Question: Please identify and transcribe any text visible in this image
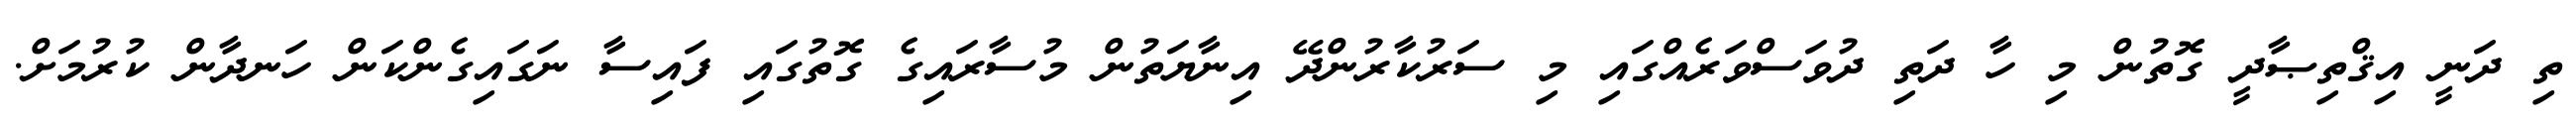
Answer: ތި ދަނީ އިޤްތިޞާދީ ގޮތުން މި ހާ ދަތި ދުވަސްވަރެއްގައި މި ސަރުކާރުންދޭ އިނާޔަތުން މުސާރައިގެ ގޮތުގައި ފައިސާ ނަގައިގެންކަން ހަނދާން ކުރުމަށް.